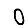
Digit: 0